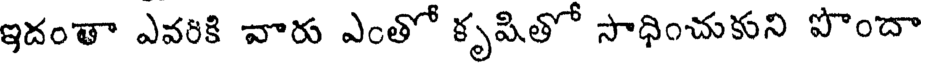
ఇదంతా ఎవరికి వారు ఎంతో కృషితో సాధించుకుని పొందా